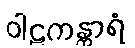
ဝါဠကန္တာရံ